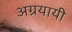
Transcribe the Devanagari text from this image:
अग्रयायी